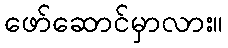
ဖော်ဆောင်မှာလား။